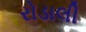
રોડાલી